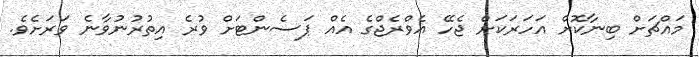
މައްޗަށް ބިނާކޮށް އަހަރަކަށް ޖެހޭ އެވްރެޖްގެ އެއް ޕަސެންޓަށް ވުރެ އިތުރުނުވާނެ ވަރަށެވެ.